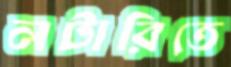
লটারিতে